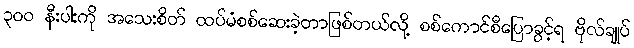
၃၀၀ နီးပါးကို အသေးစိတ် ထပ်မံစစ်ဆေးခဲ့တာဖြစ်တယ်လို့ စစ်ကောင်စီပြောခွင့်ရ ဗိုလ်ချုပ်